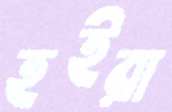
হইরা